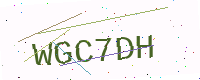
Text: WGC7DH